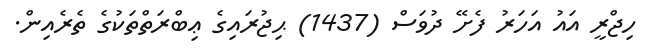
ހިޖްރީ އައު އަހަރު ފެށޭ ދުވަސް (1437) ޙިޖުރައިގެ ޢިބްރަތްތަކުގެ ތެރެއިން.